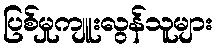
ပြစ်မှုကျူးလွန်သူများ